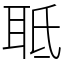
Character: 𦕑